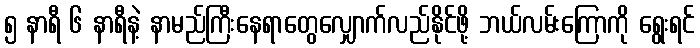
၅ နာရီ ၆ နာရီနဲ့ နာမည်ကြီးနေရာတွေလျှောက်လည်နိုင်ဖို့ ဘယ်လမ်းကြောကို ရွေးရင်